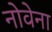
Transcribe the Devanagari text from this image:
नोवेना